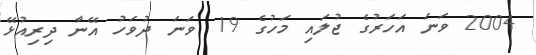
2004 ވަނަ އަހަރުގެ ޖުލައި މަހުގެ 19 ވަނަ ދުވަހު އޭނާ ދިރިއުޅޭ